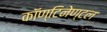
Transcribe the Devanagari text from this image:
कॉण्टिनेण्टल